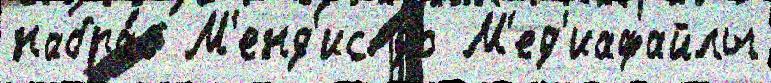
набра́в М'енд'ис до М'ед'иафайлы